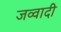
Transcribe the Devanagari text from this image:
जव्वादी